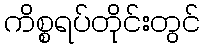
ကိစ္စရပ်တိုင်းတွင်